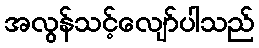
အလွန်သင့်လျော်ပါသည်